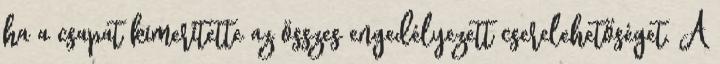
ha a csapat kimerítette az összes engedélyezett cserelehetőséget. A